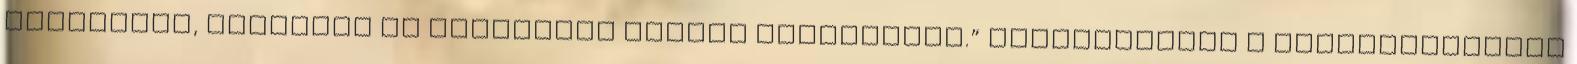
javítható, indokolt az útfelület teljes felújítása.” ▪Vámosszabad i ▪„Településünk